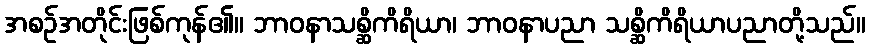
အစဉ်အတိုင်းဖြစ်ကုန်၏။ ဘာဝနာသစ္ဆိကိရိယာ၊ ဘာဝနာပညာ သစ္ဆိကိရိယာပညာတို့သည်။